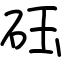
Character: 砡